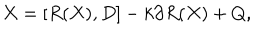
X = [ R ( X ) , D ] - k \partial R ( X ) + Q ,